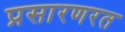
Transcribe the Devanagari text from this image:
प्रसारणरत